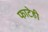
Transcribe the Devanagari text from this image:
फाटेही